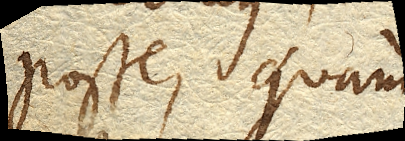
posse, quam